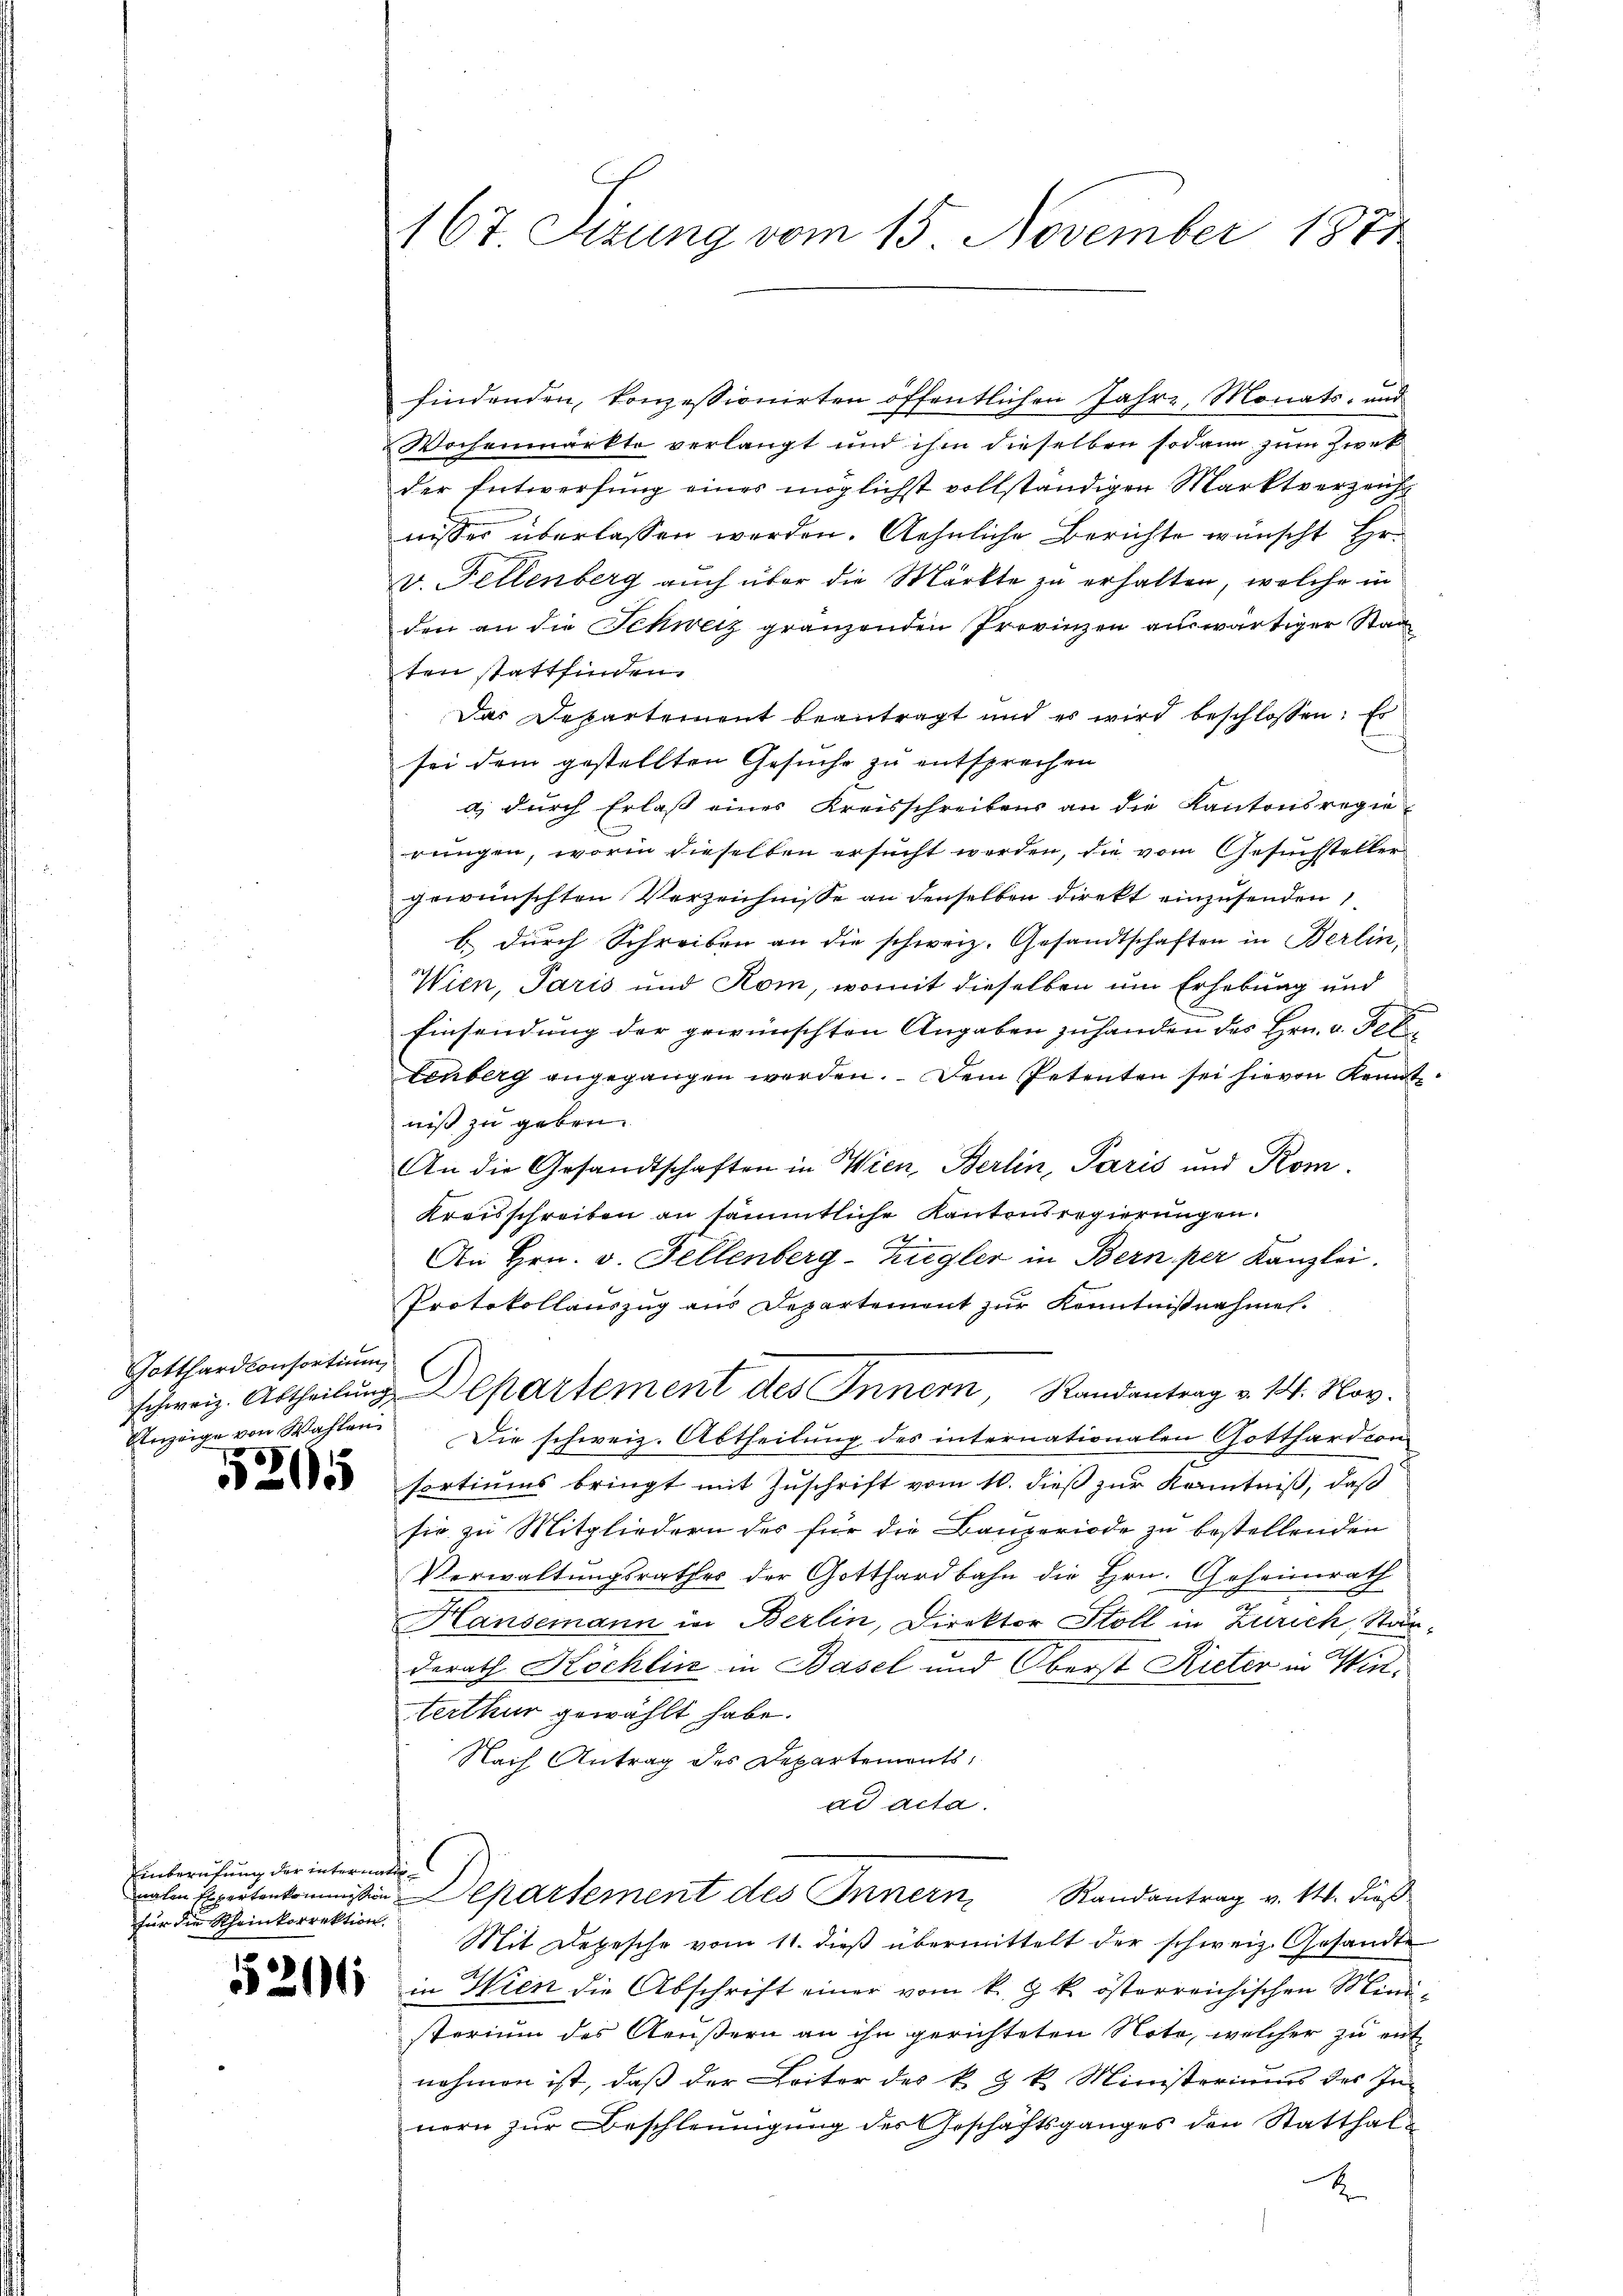
Gotthardconsortium
Anzeige von Wahlen

2

Einberufung der internatifür die Rheinkorrektion.

167 Sizung vom 15. November 1871

findenden, konzessionirten öffentlichen Jahre, Monats- und
Wochenmarkte verlangt und ihm dieselben sodann zum Zirk
der Entwerfung eines möglichst vollständigen Marktverzeicht
wisser überlassen werden. Aehnliche Berichte wünscht Hr.
v. Fellenberg auch über die Märkte zu erhalten, welche in
den an die Schweiz gränzenden Provinzen auswärtiger Staa
ten stattfinden.
Das Departement beantragt und es wird beschlossen: Er
sei dem gestellten Gesuche zu entsprechen
a) durch Erlaß eines Kreisschreibens an die Kantonsregie-
rungen, worin dieselben ersucht werden, die vom Gesuchsteller
gewünschten Verzeichnisse an denselben direkt einzusenden
b dŭrch Schreiben an die schweiz. Gesandtschaften in Berlin,
Wien, Paris und Rom, womit dieselben um Erhebung und
Einsendung der gewünschten Angaben zuhanden des Hrn. v. Feb
tenberg angegangen werden. Dem Petenten sei hievon Kennt
niß zu geben.
An die Gesandtschaften in Wien, Berlin, Paris und Kom¬
Kreisschreiben an sämmtliche Kantonsregierungen.
An Hrn. v. Fellenberg-Zugler in Bern per Kanzlei.
Protokollauszug aus Departement zur Kenntnißnahmen.
schweiz. Abtheilung Departement des Innern, Randantrag v. 14. Nov.
Die schweiz. Abtheilung des internationalen Gotthardion
sortiums bringt mit Zuschrift vom 10. dieß zur Kenntniß, daß
sie zu Mitgliedern des für die Bauperiode zu bestellenden
Verwaltungsrathes der Gotthardbahn die Hrn. Geheimrath
Hansemann in Berlin, Direktor Stoll in Zürich, Stärderath Köchlin in Basel und Oberst Rieter in Winterthur gewählt habe.
Nach Antrag des Departements,
ad acta.
nahm Expertenkommission Departement des Innern
Randantrag v. 14. dieß
Mit Depesche vom 11. dieß übermittelt der schweiz. Gesandte
u in Wien die Abschrift einer vom k. k. österreichischen Minde-
sterium des Aeußern an ihn gerichteten Note, welcher zu entnehmen ist, daß der Leiter des k. k. Ministeriums des In-
nern zur Beschleunigung des Geschäftsganges den Statthal¬
2